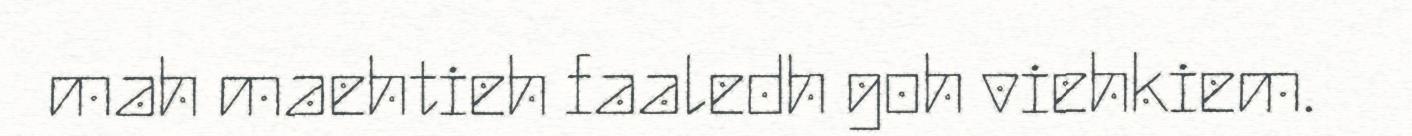
mah maehtieh faaledh goh viehkiem.